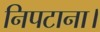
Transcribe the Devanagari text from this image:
निपटाना।